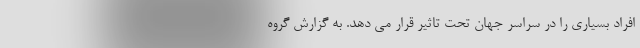
افراد بسیاری را در سراسر جهان تحت تاثیر قرار می دهد. به گزارش گروه